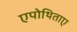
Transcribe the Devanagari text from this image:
एपोथिताए